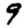
Digit: 9